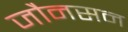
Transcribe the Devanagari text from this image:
जौनसन